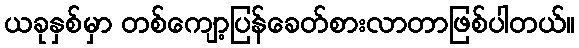
ယခုနှစ်မှာ တစ်ကျော့ပြန်ခေတ်စားလာတာဖြစ်ပါတယ်။